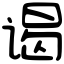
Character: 谒